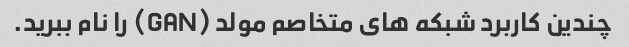
چندین کاربرد شبکه های متخاصم مولد (GAN) را نام ببرید.